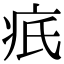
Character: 疧